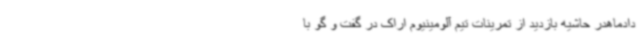
دادماهدر حاشیه بازدید از تمرینات تیم آلومینیوم اراک در گفت و گو با